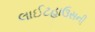
લાઈટહાઉસની